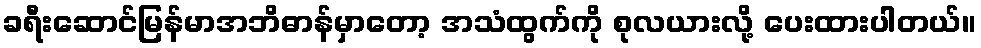
ခရီးဆောင်မြန်မာအဘိဓာန်မှာတော့ အသံထွက်ကို စုလယားလို့ ပေးထားပါတယ်။